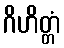
ဂိဟိတ္တံ